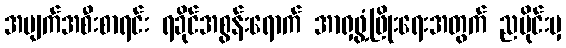
အပျက်အစီးစာရင်း ရခိုင်အစွန်းရောက် အာရှဖွံ့ဖြိုးရေးအတွက် ညပိုင်းမှ